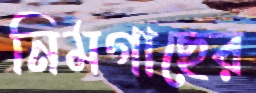
নিমগাছের